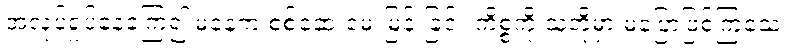
အလုပ်ရှုပ်နေခဲ့ကြ၍ မနေ့က စစ်ဆေးမေးမြန်းခြင်း ကိစ္စကို သူတို့မှာ မပြောဖြစ်ကြသေး။